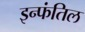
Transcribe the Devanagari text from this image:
इन्फंतिल